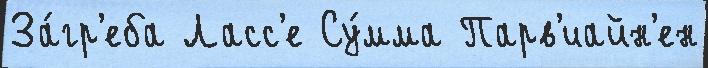
За́гр'еба Ласс'е Су́мма Парв'иайн'ен